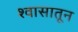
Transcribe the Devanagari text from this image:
श्वासातून